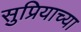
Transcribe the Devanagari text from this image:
सुप्रियाच्या